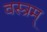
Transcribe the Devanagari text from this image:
वस्त्रम्‌